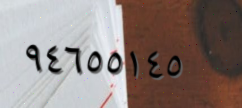
٩٤٦٥٥١٤٥